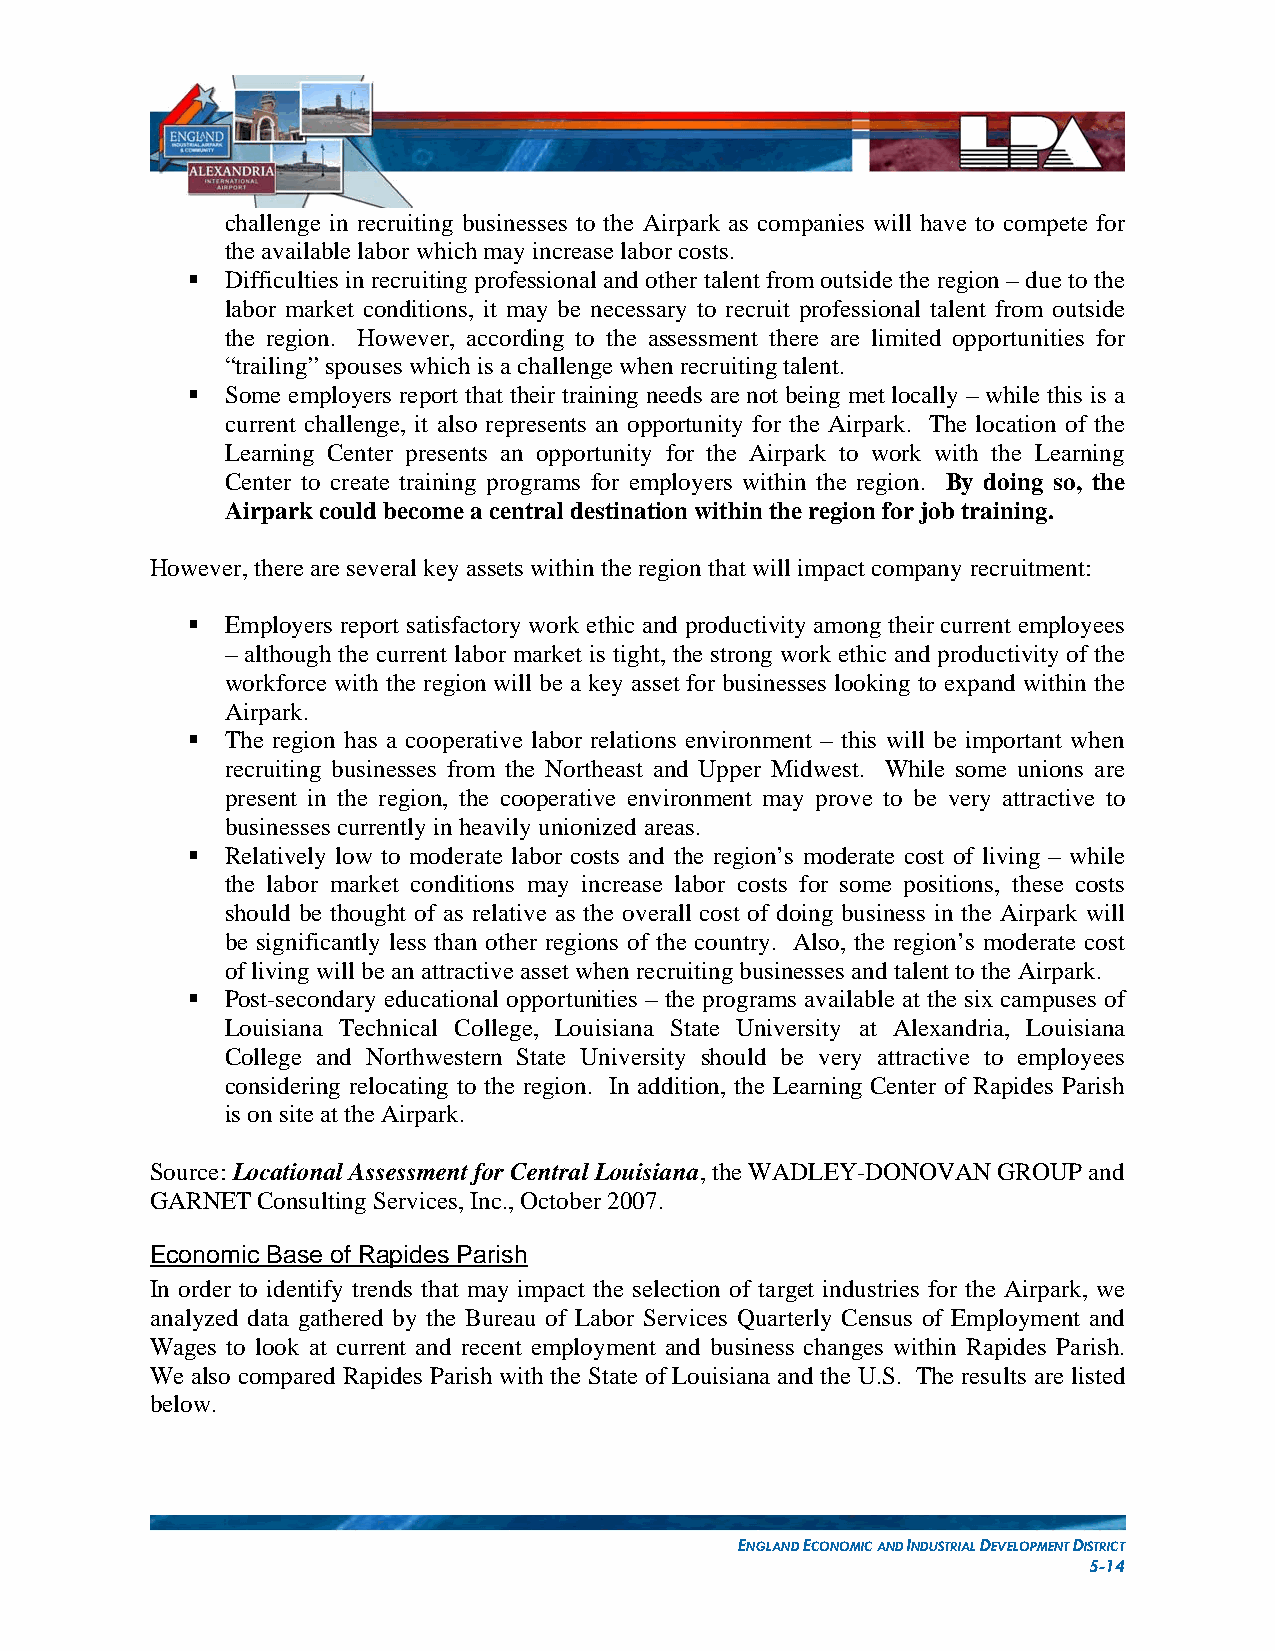
challenge in recruiting businesses to the Airpark as companies will have to compete for
 the available labor which may increase labor costs.
   Difficulties in recruiting professional and other talent from outside the region – due to the
 labor market conditions, it may be necessary to recruit professional talent from outside
 the region. However, according to the assessment there are limited opportunities for
 “trailing” spouses which is a challenge when recruiting talent.
   Some employers report that their training needs are not being met locally – while this is a
 current challenge, it also represents an opportunity for the Airpark. The location of the
 Learning Center presents an opportunity for the Airpark to work with the Learning
 Center to create training programs for employers within the region. By doing so, the
 Airpark could become a central destination within the region for job training.
 However, there are several key assets within the region that will impact company recruitment:
   Employers report satisfactory work ethic and productivity among their current employees
 – although the current labor market is tight, the strong work ethic and productivity of the
 workforce with the region will be a key asset for businesses looking to expand within the
 Airpark.
   The region has a cooperative labor relations environment – this will be important when
 recruiting businesses from the Northeast and Upper Midwest. While some unions are
 present in the region, the cooperative environment may prove to be very attractive to
 businesses currently in heavily unionized areas.
   Relatively low to moderate labor costs and the region’s moderate cost of living – while
 the labor market conditions may increase labor costs for some positions, these costs
 should be thought of as relative as the overall cost of doing business in the Airpark will
 be significantly less than other regions of the country. Also, the region’s moderate cost
 of living will be an attractive asset when recruiting businesses and talent to the Airpark.
   Post-secondary educational opportunities – the programs available at the six campuses of
 Louisiana Technical College, Louisiana State University at Alexandria, Louisiana
 College and Northwestern State University should be very attractive to employees
 considering relocating to the region. In addition, the Learning Center of Rapides Parish
 is on site at the Airpark.
 Source: Locational Assessment for Central Louisiana, the WADLEY-DONOVAN GROUP and
 GARNET Consulting Services, Inc., October 2007.
 Economic Base of Rapides Parish
 In order to identify trends that may impact the selection of target industries for the Airpark, we
 analyzed data gathered by the Bureau of Labor Services Quarterly Census of Employment and
 Wages to look at current and recent employment and business changes within Rapides Parish.
 We also compared Rapides Parish with the State of Louisiana and the U.S. The results are listed
 below.
 ENGLAND ECONOMIC AND INDUSTRIAL DEVELOPMENT DISTRICT
 5-14